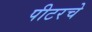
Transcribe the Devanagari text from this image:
पीटरचे